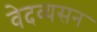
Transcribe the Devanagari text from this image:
वेदव्यसन